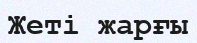
Жеті жарғы